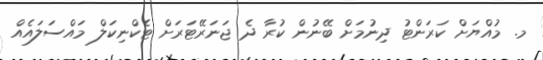
މ. މުއްޔަށް ކަރަންޓު ދިނުމަށް ބޭނުން ކުރާ ދެ ޖަނަރޭޓަރަށް ޓެކްނިކަލް މައްސަލައެއް